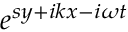
e ^ { s y + i k x - i \omega t }